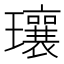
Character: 瓖